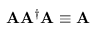
\mathbf { A } \mathbf { A } ^ { \dagger } \mathbf { A } \equiv \mathbf { A }